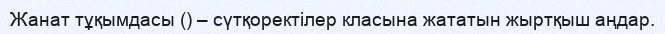
Жанат тұқымдасы () – сүтқоректілер класына жататын жыртқыш аңдар.